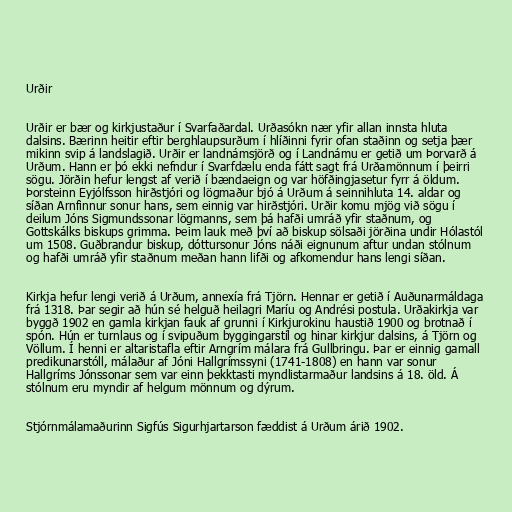
Urðir

Urðir er bær og kirkjustaður í Svarfaðardal. Urðasókn nær yfir allan innsta hluta
dalsins. Bærinn heitir eftir berghlaupsurðum í hlíðinni fyrir ofan staðinn og setja þær
mikinn svip á landslagið. Urðir er landnámsjörð og í Landnámu er getið um Þorvarð á
Urðum. Hann er þó ekki nefndur í Svarfdælu enda fátt sagt frá Urðamönnum í þeirri
sögu. Jörðin hefur lengst af verið í bændaeign og var höfðingjasetur fyrr á öldum.
Þorsteinn Eyjólfsson hirðstjóri og lögmaður bjó á Urðum á seinnihluta 14. aldar og
síðan Arnfinnur sonur hans, sem einnig var hirðstjóri. Urðir komu mjög við sögu í
deilum Jóns Sigmundssonar lögmanns, sem þá hafði umráð yfir staðnum, og
Gottskálks biskups grimma. Þeim lauk með því að biskup sölsaði jörðina undir Hólastól
um 1508. Guðbrandur biskup, dóttursonur Jóns náði eignunum aftur undan stólnum
og hafði umráð yfir staðnum meðan hann lifði og afkomendur hans lengi síðan.

Kirkja hefur lengi verið á Urðum, annexía frá Tjörn. Hennar er getið í Auðunarmáldaga
frá 1318. Þar segir að hún sé helguð heilagri Maríu og Andrési postula. Urðakirkja var
byggð 1902 en gamla kirkjan fauk af grunni í Kirkjurokinu haustið 1900 og brotnað í
spón. Hún er turnlaus og í svipuðum byggingarstíl og hinar kirkjur dalsins, á Tjörn og
Völlum. Í henni er altaristafla eftir Arngrím málara frá Gullbringu. Þar er einnig gamall
predikunarstóll, málaður af Jóni Hallgrímssyni (1741-1808) en hann var sonur
Hallgríms Jónssonar sem var einn þekktasti myndlistarmaður landsins á 18. öld. Á
stólnum eru myndir af helgum mönnum og dýrum.

Stjórnmálamaðurinn Sigfús Sigurhjartarson fæddist á Urðum árið 1902.